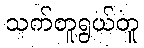
သက်တူရွယ်တူ